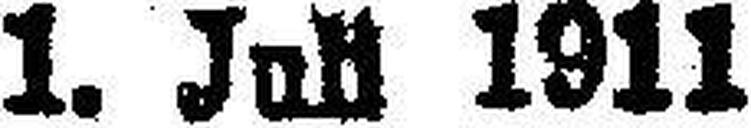
1. Juli 1911